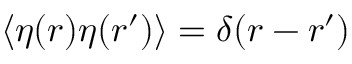
\langle \eta ( r ) \eta ( r ^ { \prime } ) \rangle = \delta ( r - r ^ { \prime } )